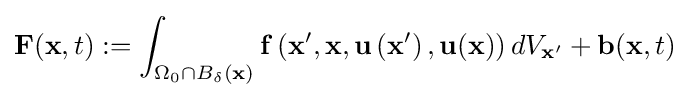
{{\bf {F}}({\bf {x}},t):=\int _{\Omega _{0}\cap B_{\delta }({\bf {x}})}{\bf {f}}\left({\bf {x}}',{\bf {x}},{\bf {u}}\left({\bf {x}}'\right),{\bf {u}}({\bf {x}})\right)dV_{{\bf {x}}'}+{\bf {b}}({\bf {x}},t)}